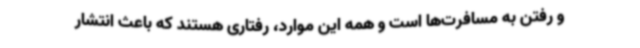
و رفتن به مسافرت‌ها است و همه این موارد، رفتاری هستند که باعث انتشار